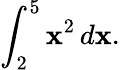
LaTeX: \int_{2}^{5}\mathbf{x}^{2}\, d\mathbf{x}.